Papers set at the Examination for Leaving Certificates, 1894
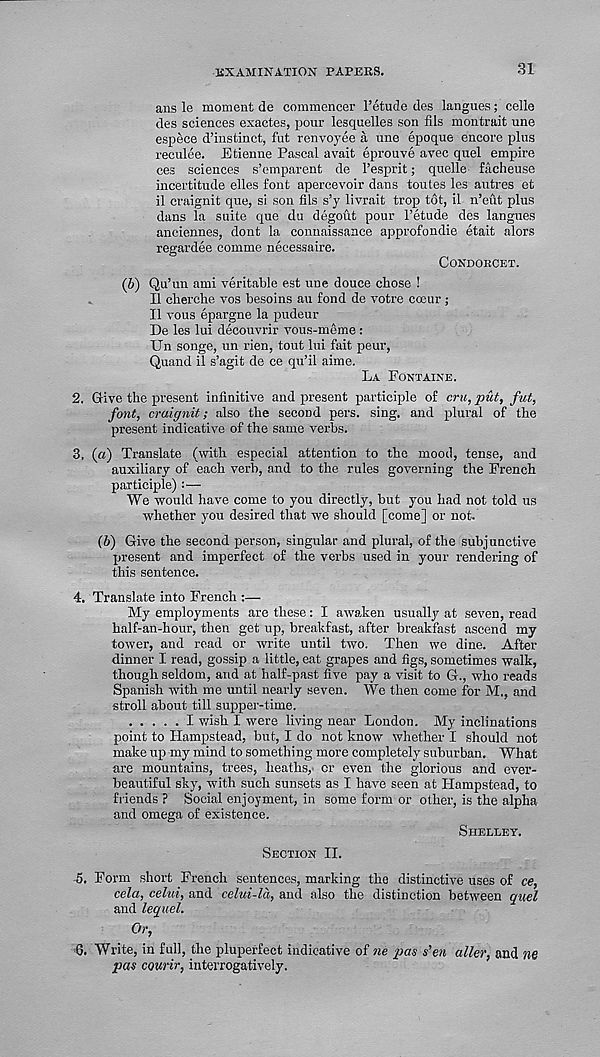
EXAMINATION PAPERS.
31
ans le moment de commencer I’etude des langues; celle
des sciences exactes, pour lesquelles son fils montrait une
espece d’instinct, fut renvoyee a une epoque encore plus
reculee. Etienne Pascal avait eprouve avec quel empire
ces sciences s’emparent de 1’esprit; quelle facheuse
incertitude elles font apercevoir dans toutes les autres et
il craignit que, si son fils s’y livrait trop t6t, il n’eut plus
dans la suite que du degout pour I’etude des langues
anciennes, dont la connaissance approfondie etait alors
regardee comme necessaire.
CONDORCET.
(b) Qu’un ami veritable est une douce cHose !
Il cfierehe vos besoins au fond de votre cceur;
Il vous epargne la pudeur
De les lui decouvrir vous-meme :
Un songe, un rien, tout lui fait peur,
Quand il s’agit de ce qu’il aime.
La Fontaine.
2. Give the present infinitive and present participle of cm, put, fut,
font, craignit; also the second pers. sing, and plural of the
present indicative of the same verbs.
3. (a) Translate (with especial attention to the mood, tense, and
auxiliary of each verb, and to the rules governing the French
participle) :—
We would have come to you directly, but you had not told us
whether you desired that we should [come] or not.
(b) Give the second person, singular and plural, of the subjunctive
present and imperfect of the verbs used in your rendering of
this sentence.
4. Translate into French :—
My employments are these: I awaken usually at seven, read
half-an-hour, then get up, breakfast, after breakfast ascend my
tower, and read or write until two. Then we dine. After
dinner I read, gossip a little, eat grapes and figs, sometimes walk,
though seldom, and at half-past five pay a visit to G., who reads
Spanish with me until nearly seven. We then come for M., and
stroll about till supper-time.
I wish I were living near London. My inclinations
point to Hampstead, but, I do not know whether I should not
make up my mind to something more completely suburban. What
are mountains, trees, heaths, or even the glorious and ever-
beautiful sky, with such sunsets as I have seen at Hampstead, to
friends ? Social enjoyment, in some form or other, is the alpha
and omega of existence.
Shelley.
Section II.
5. Form short French sentences, marking the distinctive uses of ce,
cela, celui, and celui-la, and also the distinction between quel
and lequel.
Or,
6. Write, in full, the pluperfect indicative of ne pas s’en aller, and ne
pas courir, interrogatively.